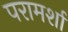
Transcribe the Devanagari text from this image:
परामर्शा